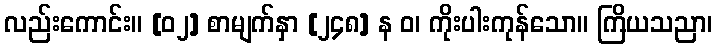
လည်းကောင်း။ [၀၂] စာမျက်နှာ [၂၄၈] န ဝ၊ ကိုးပါးကုန်သော။ ကြိယသညာ၊